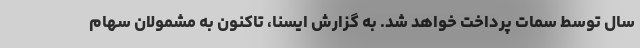
سال توسط سمات پرداخت خواهد شد. به گزارش ایسنا، تاکنون به مشمولان سهام